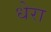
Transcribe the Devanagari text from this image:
धेरा